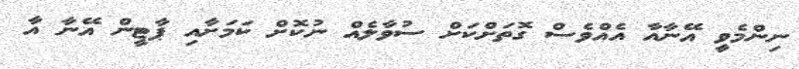
ނިންމެވީ އޭނާއާ އެއްވެސް ގޮތަށްކަށް ސުވާލެއް ނުކޮށް ކަމަށާއި ޕާޓީން އޭނާ އާ